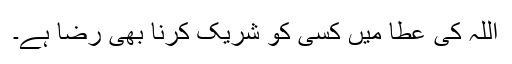
اللہ کی عطا میں کسی کو شریک کرنا بھی رضا ہے۔